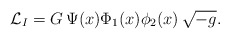
\begin{align*}{\cal L}_I = G \, \Psi(x) \Phi_1(x) \phi_2(x) \, \sqrt{-g}.\end{align*}